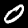
Digit: 0